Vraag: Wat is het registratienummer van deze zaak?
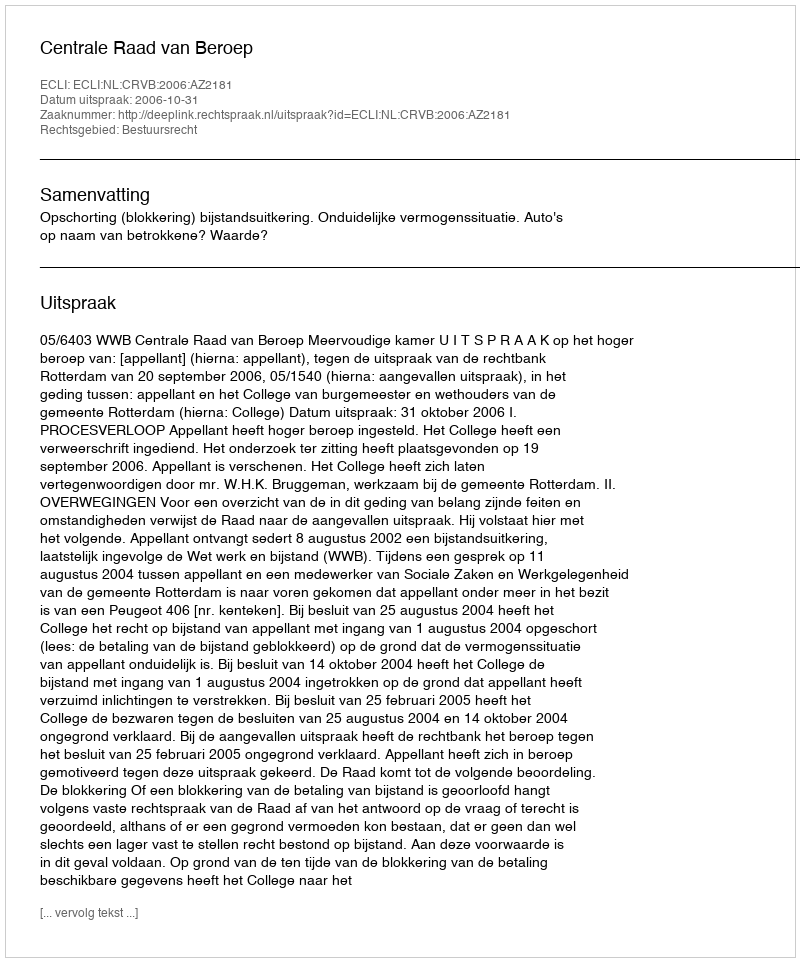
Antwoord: http://deeplink.rechtspraak.nl/uitspraak?id=ECLI:NL:CRVB:2006:AZ2181